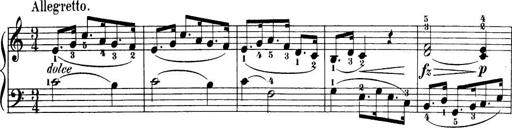
Title: 32 Sonatinas and Rondos for the Piano
Composer: Richard Kleinmichel